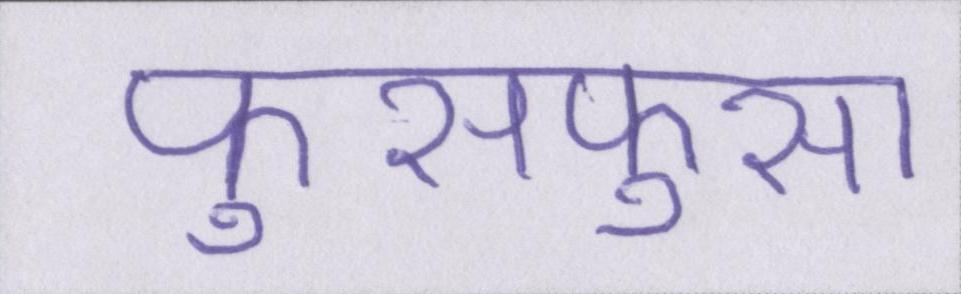
फुसफुसा